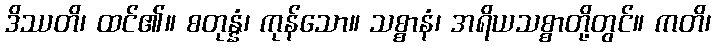
ဒိဿတိ၊ ထင်၏။ စတုန္နံ၊ ကုန်သော။ သစ္စာနံ၊ အရိယသစ္စာတို့တွင်။ ကတိ၊